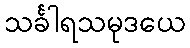
သင်္ခါရသမုဒယေ